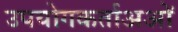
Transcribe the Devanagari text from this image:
उपयोगकर्ताअओं